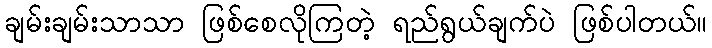
ချမ်းချမ်းသာသာ ဖြစ်စေလိုကြတဲ့ ရည်ရွယ်ချက်ပဲ ဖြစ်ပါတယ်။